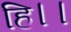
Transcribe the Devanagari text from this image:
हि।।